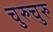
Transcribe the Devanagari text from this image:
चुरुचुरु